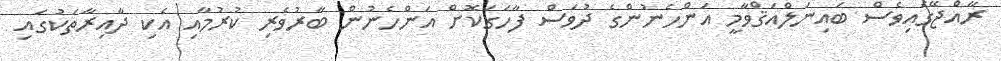
ރާއްޖޭގައިވެސް ބައިނަލްއަޤްވާމީ އަންހެނުންގެ ދުވަސް ފާހަގަކޮށް އަންހެނުން ބާރުވެރި ކުރުމާއި އެކި ދާއިރާތަކުގައި